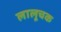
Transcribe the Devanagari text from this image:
लालूचक